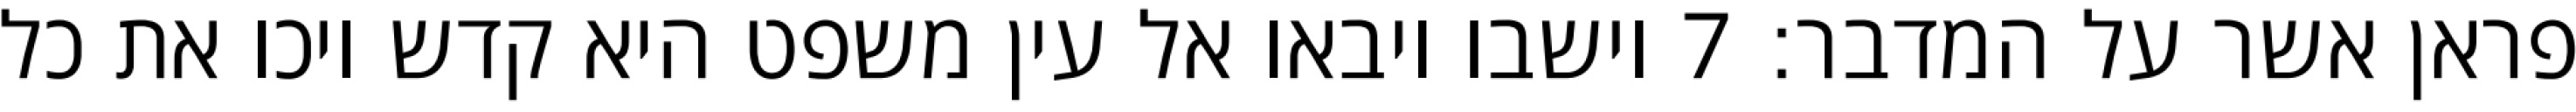
פראן אשר על המדבר׃ ‎7‏ וישבו ויבאו אל עין משפט היא קדש ויכו את כל